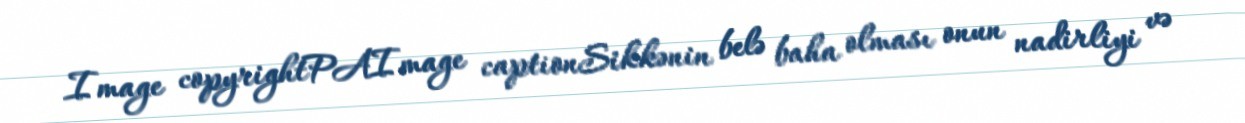
Image copyrightPAImage captionSikkənin belə baha olması onun nadirliyi və